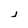
Character: j